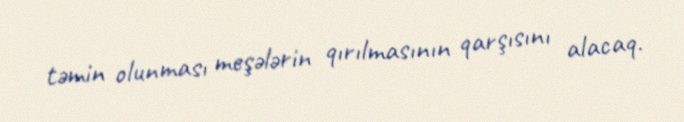
təmin olunması meşələrin qırılmasının qarşısını alacaq.